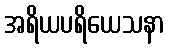
အရိယပရိယေသနာ